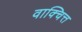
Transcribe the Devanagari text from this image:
वाक्चित्त